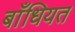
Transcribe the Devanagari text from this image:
बाँधियत